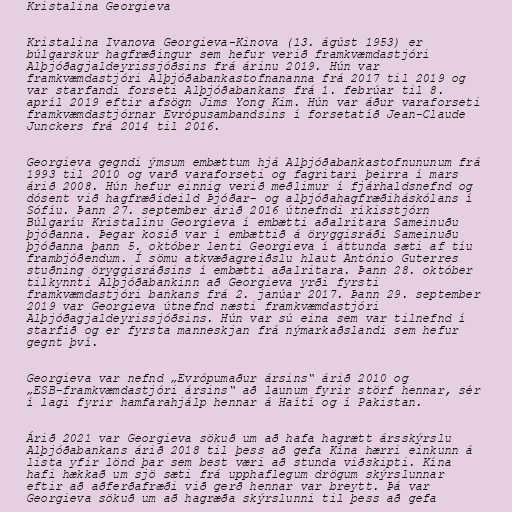
Kristalina Georgieva

Kristalina Ivanova Georgieva-Kinova (13. ágúst 1953) er
búlgarskur hagfræðingur sem hefur verið framkvæmdastjóri
Alþjóðagjaldeyrissjóðsins frá árinu 2019. Hún var
framkvæmdastjóri Alþjóðabankastofnananna frá 2017 til 2019 og
var starfandi forseti Alþjóðabankans frá 1. febrúar til 8.
apríl 2019 eftir afsögn Jims Yong Kim. Hún var áður varaforseti
framkvæmdastjórnar Evrópusambandsins í forsetatíð Jean-Claude
Junckers frá 2014 til 2016.

Georgieva gegndi ýmsum embættum hjá Alþjóðabankastofnununum frá
1993 til 2010 og varð varaforseti og fagritari þeirra í mars
árið 2008. Hún hefur einnig verið meðlimur í fjárhaldsnefnd og
dósent við hagfræðideild Þjóðar- og alþjóðahagfræðiháskólans í
Sófíu. Þann 27. september árið 2016 útnefndi ríkisstjórn
Búlgaríu Kristalinu Georgieva í embætti aðalritara Sameinuðu
þjóðanna. Þegar kosið var í embættið á öryggisráði Sameinuðu
þjóðanna þann 5. október lenti Georgieva í áttunda sæti af tíu
frambjóðendum. Í sömu atkvæðagreiðslu hlaut António Guterres
stuðning öryggisráðsins í embætti aðalritara. Þann 28. október
tilkynnti Alþjóðabankinn að Georgieva yrði fyrsti
framkvæmdastjóri bankans frá 2. janúar 2017. Þann 29. september
2019 var Georgieva útnefnd næsti framkvæmdastjóri
Alþjóðagjaldeyrissjóðsins. Hún var sú eina sem var tilnefnd í
starfið og er fyrsta manneskjan frá nýmarkaðslandi sem hefur
gegnt því.

Georgieva var nefnd „Evrópumaður ársins“ árið 2010 og
„ESB-framkvæmdastjóri ársins“ að launum fyrir störf hennar, sér
í lagi fyrir hamfarahjálp hennar á Haítí og í Pakistan.

Árið 2021 var Georgieva sökuð um að hafa hagrætt ársskýrslu
Alþjóðabankans árið 2018 til þess að gefa Kína hærri einkunn á
lista yfir lönd þar sem best væri að stunda viðskipti. Kína
hafi hækkað um sjö sæti frá upphaflegum drögum skýrslunnar
eftir að aðferðafræði við gerð hennar var breytt. Þá var
Georgieva sökuð um að hagræða skýrslunni til þess að gefa